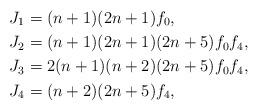
LaTeX: \begin{align*} J_1 & = (n+1)(2n+1)f_0, \\ J_2 & = (n+1)(2n+1)(2n+5) f_0 f_4, \\ J_3 & = 2(n+1)(n+2)(2n+5) f_0 f_4, \\ J_4 & = (n+2)(2n+5) f_4,\end{align*}